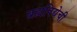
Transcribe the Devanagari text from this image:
ब्रह्यविद्येची